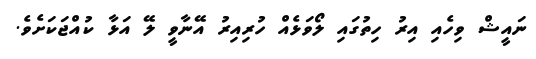
ނައީޝް ވިހެއި އިރު ހިތުގައި ލޯވަޅެއް ހުރިއިރު އޭނާވީ ލޭ އަޅާ ކުއްޖަކަށެވެ.